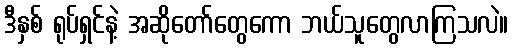
ဒီနှစ် ရုပ်ရှင်နဲ့ အဆိုတော်တွေကော ဘယ်သူတွေလာကြသလဲ။